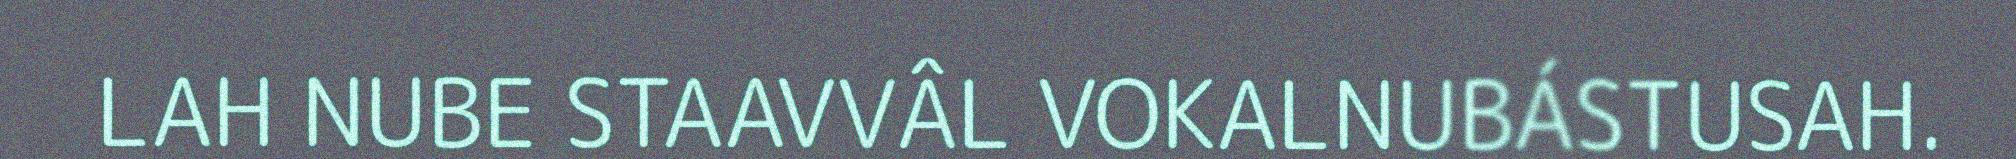
LAH NUBE STAAVVÂL VOKALNUBÁSTUSAH.